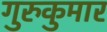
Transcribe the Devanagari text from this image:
गुरुकुमार